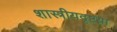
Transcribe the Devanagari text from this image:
शास्त्रीयदृष्टय़ा